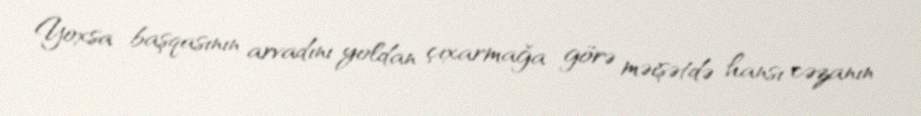
Yoxsa başqasının arvadını yoldan çıxarmağa görə məişətdə hansı cəzanın